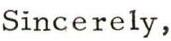
Sincerely,